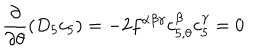
\frac { \partial } { \partial \theta } ( D _ { 5 } c _ { 5 } ) = - 2 f ^ { \alpha \beta \gamma } c _ { 5 , \theta } ^ { \beta } c _ { 5 } ^ { \gamma } = 0